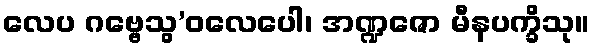
လေပ ဂဗ္ဗေသွ’ဝလေပေါ၊ အဏ္ဍဇော မီနပက္ခိသု။